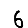
Digit: 6